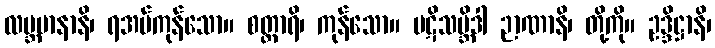
လဗ္ဘမာနာနိ၊ ရအပ်ကုန်သော။ စတ္တာရိ၊ ကုန်သော။ ပဋိသမ္ဘိဒါ ဉာဏာနိ၊ တို့ကို။ ဥဒ္ဒိဋ္ဌာနိ၊